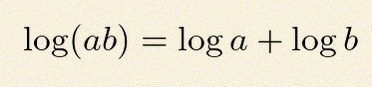
\log(ab)=\log a+\log b